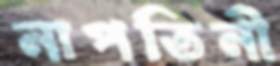
নাপতিনী